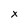
Character: x